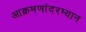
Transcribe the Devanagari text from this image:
आक्रमणांदरम्यान